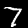
Digit: 7